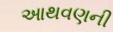
આથવણની